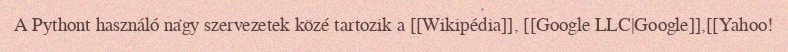
A Pythont használó nagy szervezetek közé tartozik a [[Wikipédia]], [[Google LLC|Google]],[[Yahoo!